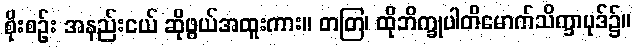
စိုးစဉ်း အနည်းငယ် ဆိုဖွယ်အထူးကား။ တတြ၊ ထိုဘိက္ခုပါတိမောက်သိက္ခာပုဒ်၌။